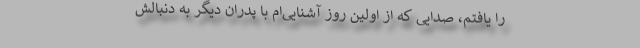
را یافتم، صدایی که از اولین روز آشنایی‌ام با پدران دیگر به دنبالش